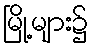
မြို့များ၌